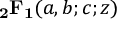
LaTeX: \, \mathbf { _ { 2 } F _ { 1 } } ( a , b ; c ; z )